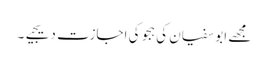
مجھے ابو سفیان کی ہجو کی اجازت دیجیے۔